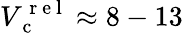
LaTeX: {V_{\mathrm{~c~}}^{\mathrm{~r~e~l~}}\approx 8-13}